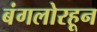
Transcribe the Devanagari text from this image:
बंगलोरहून